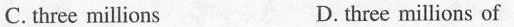
C. three millions D.three millions of